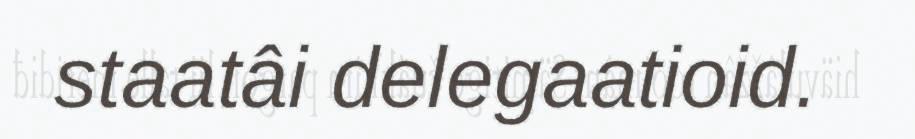
staatâi delegaatioid.